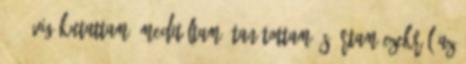
3,5 évig kutattam, meditáltam, tanítottam és írtam ezekről az